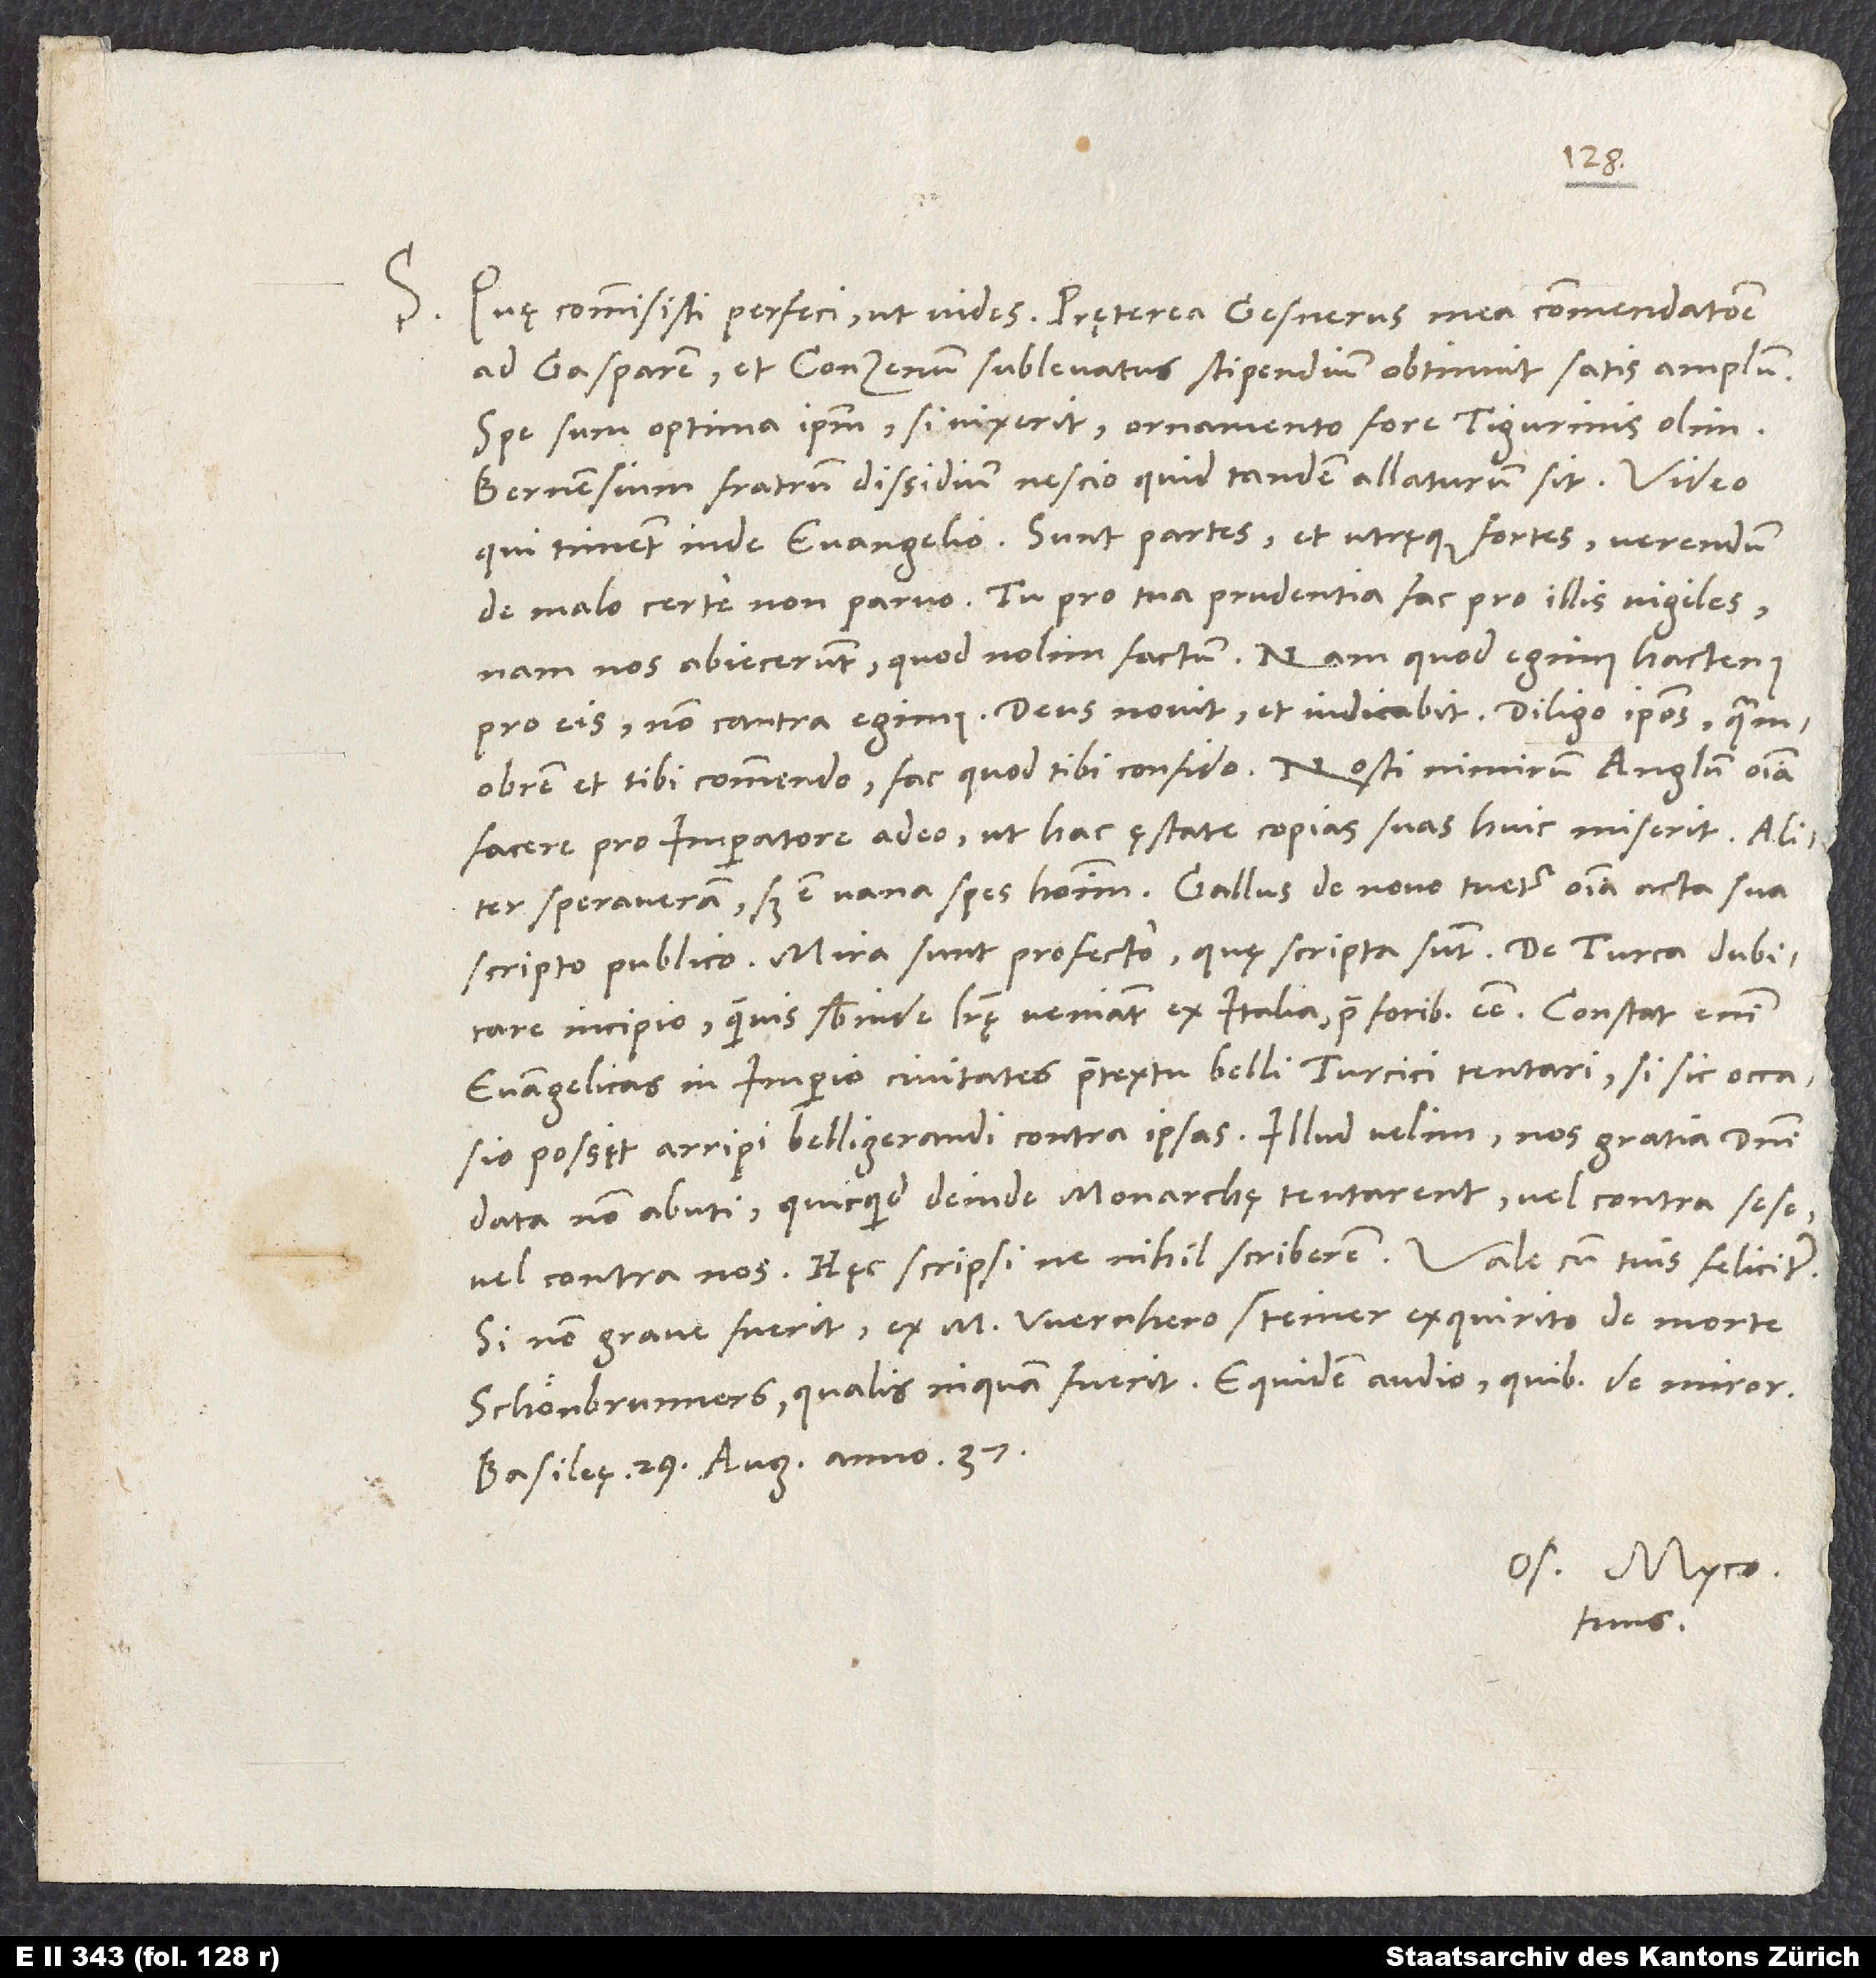
S. Quę commisisti, perfeci, ut vides. Praeterea Gesnerus mea commendatione
ad Gasparem et Conzenum sublevatus stipendium obtinuit satis amplum.
Spe sum optima ipsum, si vixerit, ornamento fore Tigurinis olim.
Bernensium fratrum dissidium nescio quid tandem allaturum sit. Video,
qui timent inde evangelio. Sunt partes et utręque fortes; verendum
de malo certe non parvo. Tu pro tua prudentia fac pro illis vigiles;
nam nos abiecerunt, quod nolim factum. Nam quod egimus hactenus,
pro eis, non contra egimus. Deus novit et iudicabit. Diligo ipsos, quamobrem
facere pro imperatore adeo, ut hac ęstate copias suas huic miserit. Aliter
speraveram, sed est vana spes hominum. Gallus de novo tuetur omnia acta sua
scripto publico. Mira sunt profecto, quę scripta sunt. De Turca dubitare
incipio, quamvis subinde literę veniant ex Italia prae foribus esse. Constat enim
evangelicas in imperio civitates praetextu belli Turcici tentari, si sic occasio
possit arripi belligerandi contra ipsas. Illud velim, nos gratia domini
data non abuti, quicquid deinde monarchę tentarent vel contra sese
Si non grave fuerit, ex M. Wernhero Steiner exquirito de morte
Schönbrunners, qualis, inquam, fuerit. Equidem audio, quibus de miror.
Basileę, 29. augusti anno 37.
Os. Myco.
tuus.